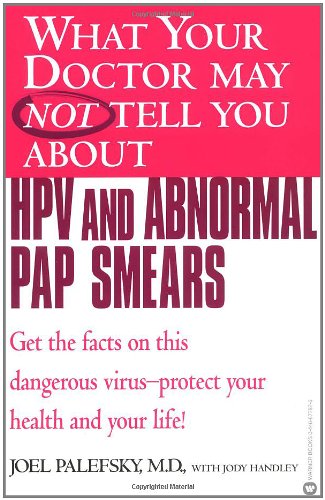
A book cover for What Your Doctor May Not Tell You About(TM) HPV and Abnormal Pap Smears: Get the Facts on this Dangerous Virus-Protect your Health and Your Life!; Joel Palefsky; Health, Fitness & Dieting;